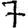
Digit: 7